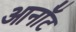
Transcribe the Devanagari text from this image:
आर्नॉट